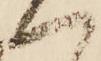
一